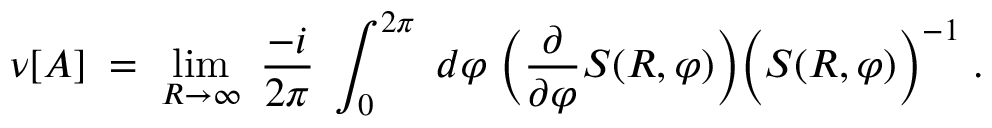
\nu [ A ] \; = \; \operatorname * { l i m } _ { R \rightarrow \infty } \; \frac { - i } { 2 \pi } \; \int _ { 0 } ^ { 2 \pi } \; d \varphi \; \Big ( \frac { \partial } { \partial \varphi } S ( R , \varphi ) \Big ) \Big ( S ( R , \varphi ) \Big ) ^ { - 1 } \; .